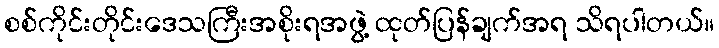
စစ်ကိုင်းတိုင်းဒေသကြီးအစိုးရအဖွဲ့ ထုတ်ပြန်ချက်အရ သိရပါတယ်။